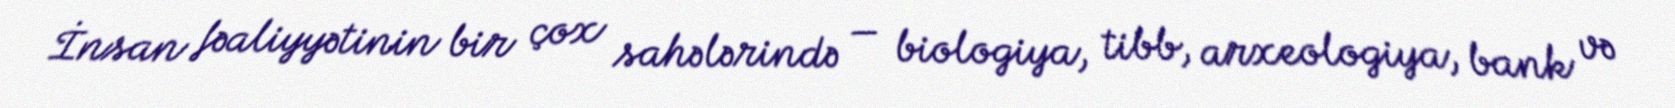
İnsan fəaliyyətinin bir çox sahələrində — biologiya, tibb, arxeologiya, bank və